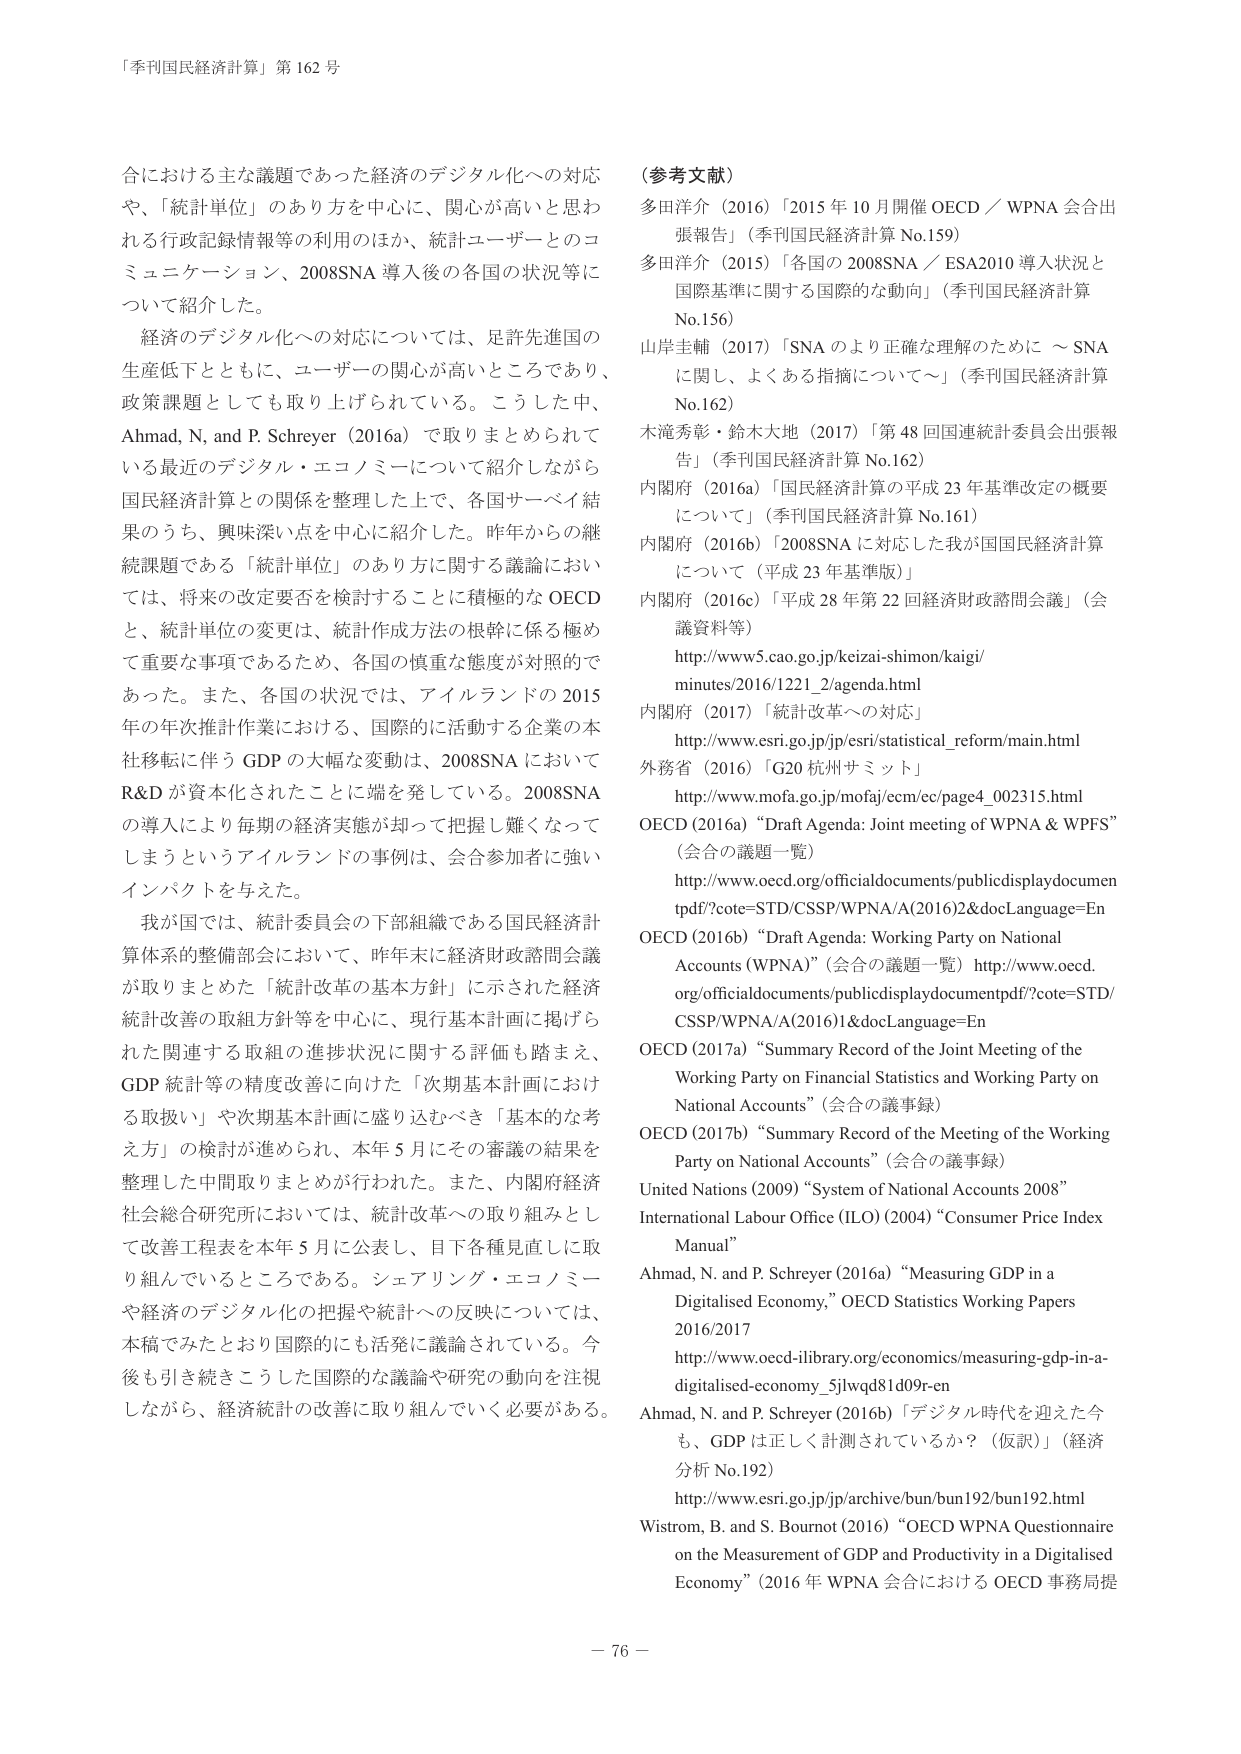
「季刊国民経済計算」第162号

合における主な議題であった経済のデジタル化への対応や、「統計単位」のあり方を中心に、関心が高いと思われる行政記録情報等の利用のほか、統計ユーザーとのコミュニケーション、2008SNA導入後の各国の状況等について紹介した。

経済のデジタル化への対応については、足許先進国の生産低下とともに、ユーザーの関心が高いところであり、政策課題としても取り上げられている。こうした中、Ahmad, N. and P. Schreyer (2016a) で取りまとめられている最近のデジタル・エコノミーについて紹介しながら国民経済計算との関係を整理した上で、各国サーベイ結果のうち、興味深い点を中心に紹介した。昨年からの継続課題である「統計単位」のあり方に関する議論においては、将来の改定要否を検討することに積極的なOECDと、統計単位の変更は、統計作成方法の根幹に係る極めて重要な事項であるため、各国の慎重な態度が対照的であった。また、各国の状況では、アイルランドの2015年の年次推計作業における、国際的に活動する企業の本社移転に伴うGDPの大幅な変動は、2008SNAにおいてR&Dが資本化されたことに端を発している。2008SNAの導入により毎期の経済実態が却って把握し難くなってしまうというアイルランドの事例は、会合参加者に強いインパクトを与えた。

我が国では、統計委員会の下部組織である国民経済計算体系の整備部会において、昨年末に経済財政諮問会議が取りまとめた「統計改革の基本方針」に示された経済統計改善の取組方針等を中心に、現行基本計画に掲げられた関連する取組の進捗状況に関する評価も踏まえ、GDP統計等の精度改善に向けた「次期基本計画における取扱い」や次期基本計画に盛り込むべき「基本的な考え方」の検討が進められ、本年5月にその審議の結果を整理した中間取りまとめが行われた。また、内閣府経済社会総合研究所においては、統計改革への取り組みとして改善工程表を本年5月に公表し、目下各種見直しに取り組んでいるところである。シェアリング・エコノミーや経済のデジタル化の把握や統計への反映については、本稿でみたとおり国際的にも活発に議論されている。今後も引き続きこうした国際的な議論や研究の動向を注視しながら、経済統計の改善に取り組んでいく必要がある。

（参考文献）
多田洋介（2016）「2015年10月開催OECD／WPNA会合出張報告」（季刊国民経済計算No.159）
多田洋介（2015）「各国の2008SNA／ESA2010導入状況と国際基準に関する国際的な動向」（季刊国民経済計算No.156）
山岸圭輔（2017）「SNAのより正確な理解のために～SNAに関して、よくある指摘について～」（季刊国民経済計算No.162）
木滝秀彰・鈴木大地（2017）「第48回国連統計委員会出張報告」（季刊国民経済計算No.162）
内閣府（2016a）「国民経済計算の平成23年基準改定の概要について」（季刊国民経済計算No.161）
内閣府（2016b）「2008SNAに対応した我が国国民経済計算について（平成23年基準改定）」
内閣府（2016c）「平成28年第22回経済財政諮問会議」（会議資料等）
http://www5.cao.go.jp/keizai-shimon/kaigi/minutes/2016/1221_2/agenda.html
内閣府（2017）「統計改革への対応」
http://www.esri.go.jp/jp/esri/statistical_reform/main.html
外務省（2016）「G20杭州サミット」
http://www.mofa.go.jp/mofaj/ecm/ec/page4_002315.html
OECD（2016a）“Draft Agenda: Joint meeting of WPNA & WPFS”（会合の議題一覧）
http://www.oecd.org/officialdocuments/publicdisplaydocumentpdf/?cote=STD/CSSP/WPNA/A(2016)2&docLanguage=En
OECD（2016b）“Draft Agenda: Working Party on National Accounts (WPNA)”（会合の議題一覧）http://www.oecd.org/officialdocuments/publicdisplaydocumentpdf/?cote=STD/CSSP/WPNA/A(2016)1&docLanguage=En
OECD（2017a）“Summary Record of the Joint Meeting of the Working Party on Financial Statistics and Working Party on National Accounts”（会合の議事録）
OECD（2017b）“Summary Record of the Meeting of the Working Party on National Accounts”（会合の議事録）
United Nations（2009）“System of National Accounts 2008”
International Labour Office (ILO)（2004）“Consumer Price Index Manual”
Ahmad, N. and P. Schreyer (2016a) “Measuring GDP in a Digitalised Economy,” OECD Statistics Working Papers 2016/2017
http://www.oecd-ilibrary.org/economics/measuring-gdp-in-a-digitalised-economy_5jlvqd81d09r-en
Ahmad, N. and P. Schreyer (2016b) 「デジタル時代を迎えた今も、GDPは正しく計測されているか？（仮訳）」（経済分析No.192）
http://www.esri.go.jp/jp/archive/bun/bun192/bun192.html
Wistrom, B. and S. Bournot (2016) “OECD WPNA Questionnaire on the Measurement of GDP and Productivity in a Digitalised Economy”（2016年WPNA会合におけるOECD事務局提

－76－